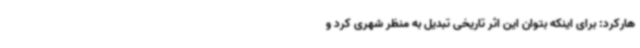
هارکرد: برای اینکه بتوان این اثر تاریخی تبدیل به منظر شهری کرد و